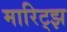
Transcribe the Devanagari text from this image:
मारिट्झ